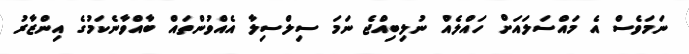
ނަމަވެސް އެ މައްސަލައަށް ހައްލެއް ނުލިބިއްޖެ ނަމަ ސިލްސިލާ އެއްވުންތައް ބާއްވާނެކަމުގެ އިންޒާރު